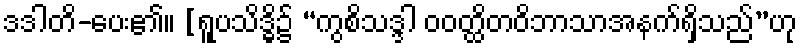
ဒဒါတိ-ပေး၏။ [ရူပသိဒ္ဓိ၌ “ကွစိသဒ္ဒါ ဝဝတ္ထိတဝိဘာသာအနက်ရှိသည်”ဟု